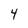
Character: 4